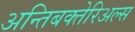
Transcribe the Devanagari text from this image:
अन्तिबक्तेरिअल्स